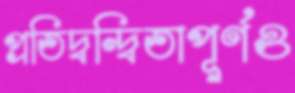
প্রতিদ্বন্দ্বিতাপূর্ণও